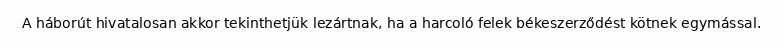
A háborút hivatalosan akkor tekinthetjük lezártnak, ha a harcoló felek békeszerződést kötnek egymással.